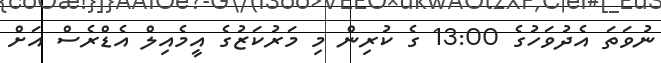
ނުވަތަ އެދުވަހުގެ 13:00 ގެ ކުރިން މި މަރުކަޒުގެ އީމެއިލް އެޑްރެސް އަށް